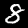
Label: 8